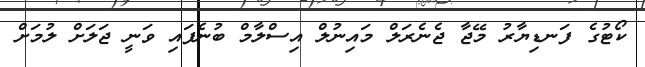
ކޯޓުގެ ފަނޑިޔާރު މޭޖާ ޖެނެރަލް މައިނުލް އިސްލާމް ބުނެފައި ވަނީ ޖަލަށް ލުމަށް